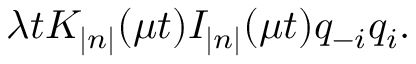
\lambda t K _ { \left| n \right| } ( \mu t ) I _ { \left| n \right| } ( \mu t ) q _ { - i } q _ { i } .